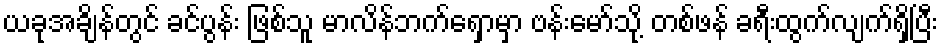
ယခုအချိန်တွင် ခင်ပွန်း ဖြစ်သူ မာလိန်ဘက်ရှောမှာ ဗန်းမော်သို့ တစ်ဖန် ခရီးထွက်လျက်ရှိပြီး